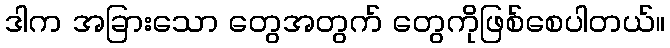
ဒါက အခြားသော တွေအတွက် တွေကိုဖြစ်စေပါတယ်။